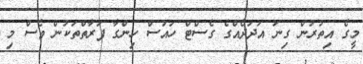
މީގެ އިތުރުން ގިނަ އަދަދެއްގެ ގެސްޓް ހައުސް ހިންގާ ފަރާތްތަކުން ވެސް މި